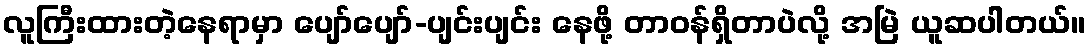
လူကြီးထားတဲ့နေရာမှာ ပျော်ပျော်-ပျင်းပျင်း နေဖို့ တာဝန်ရှိတာပဲလို့ အမြဲ ယူဆပါတယ်။